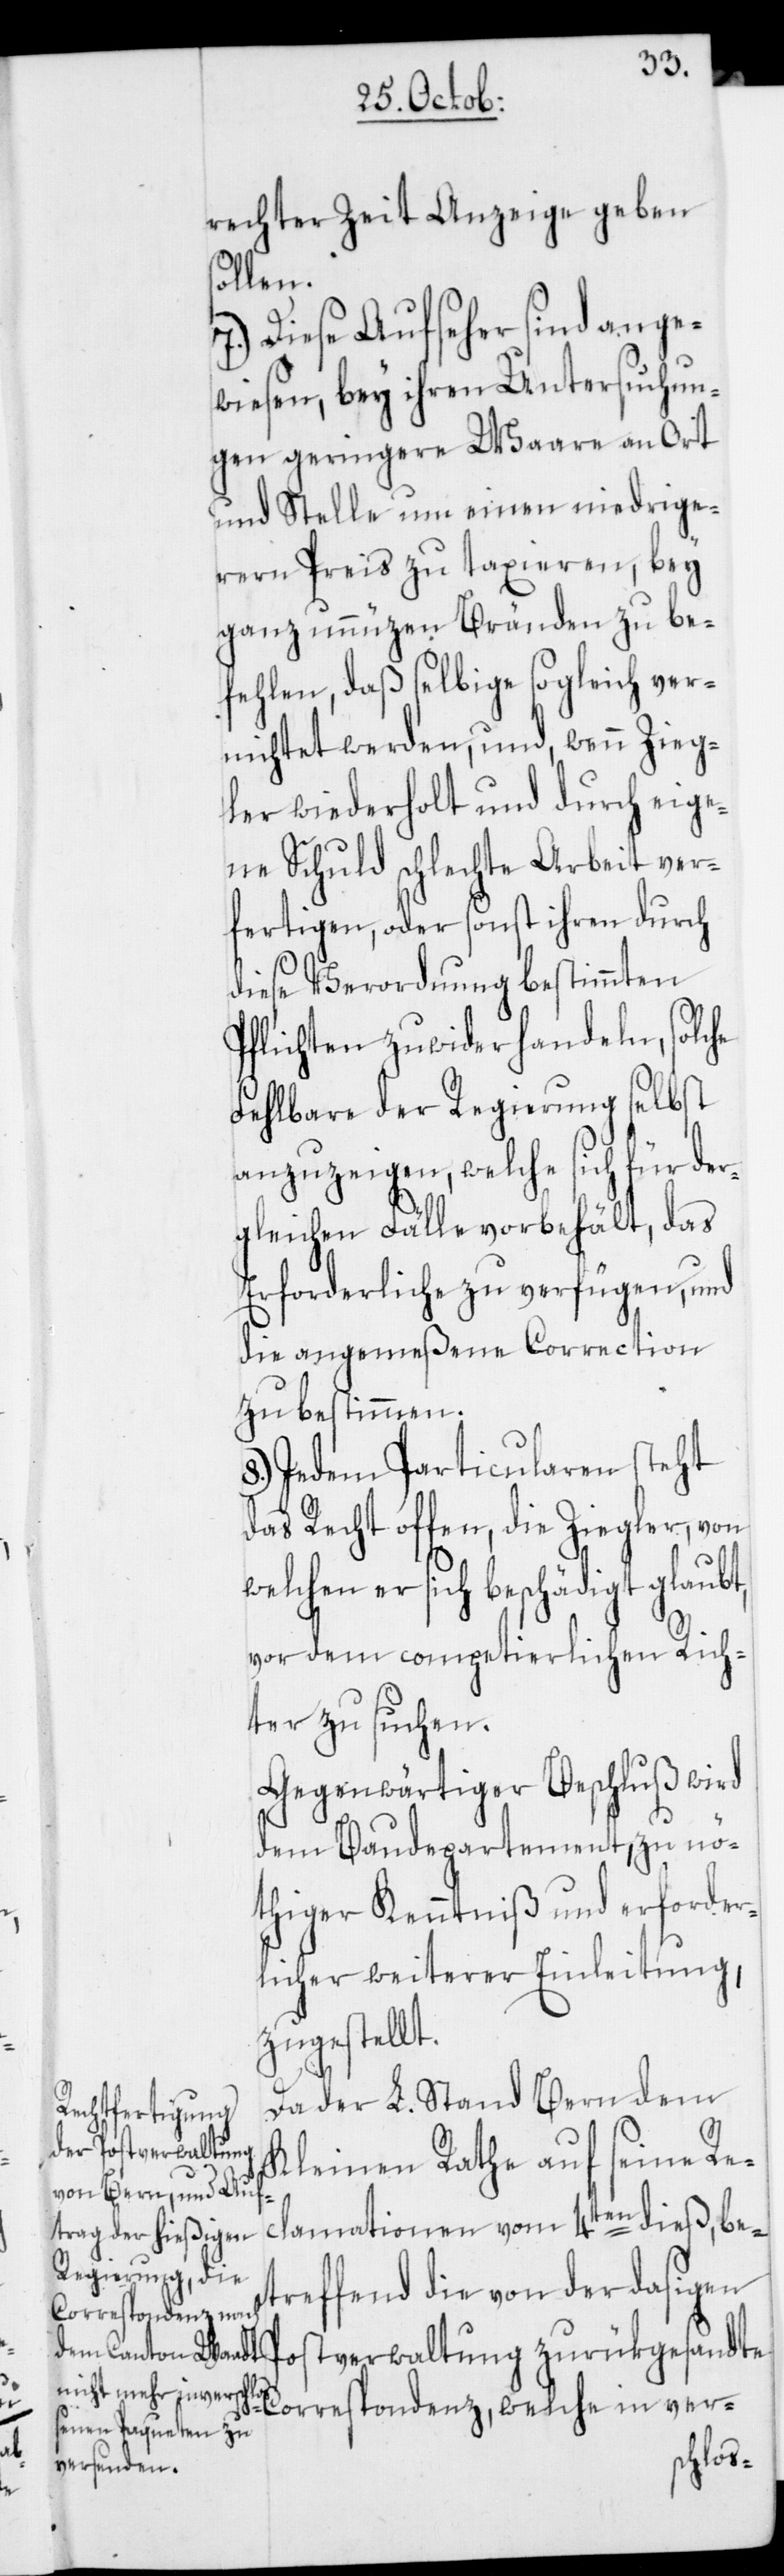
rechter Zeit Anzeige geben
sollen.
7.) Diese Aufseher sind ange¬
wiesen, bey ihren Untersuchun¬
gen geringere Waare an Ort
und Stelle um einen niedrige¬
rern Preis zu taxieren, bey
ganz unnüzen Bränden zu be¬
fehlen, daß selbige sogleich ver¬
nichtet werden, und, wenn Zieg¬
ler wiederholt und durch eige¬
ne Schuld schlechte Arbeit ver¬
fertigen, oder sonst ihren durch
diese Verordnung bestimmten
Pflichten zuwider handeln, solche
Fehlbare der Regierung selbst
anzuzeigen, welche sich für der¬
gleichen Fälle vorbehält, das
Erforderliche zu verfügen, und
die angemeßene Correction
zu bestimmen.
8.) Jedem Particularen steht
das Recht offen, die Ziegler, von
welchem er sich beschädigt glaubt,
vor dem competierlichen Rich¬
ter zu suchen.
Gegenwärtiger Beschluß wird
dem Baudepartement, zu nö¬
thiger Kenntniß und erforder¬
licher weiterer Einleitung,
zugestellt.
Da der L. Stand Bern dem
Kleinen Rathe auf seine Rec¬
P¬
lamationen vom 4ten dieß, be¬
treffend die von der dasigen
ostverwaltung zurükgesandte
Correspondenz, welche in ver-